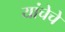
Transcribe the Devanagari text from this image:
यांचेचे